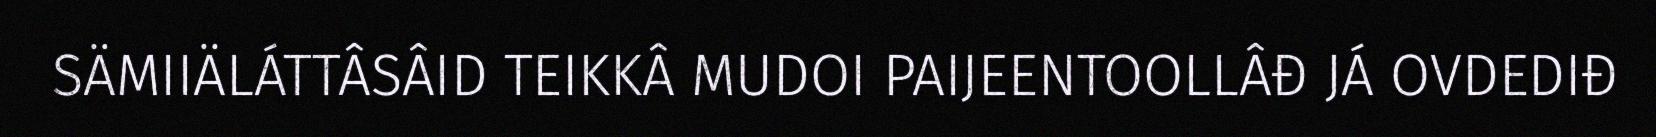
SÄMIIÄLÁTTÂSÂID TEIKKÂ MUDOI PAIJEENTOOLLÂĐ JÁ OVDEDIĐ